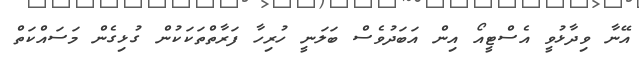
އޭނާ ވިދާޅުވީ އެސްޓީއޯ އިން އަބަދުވެސް ބަލަނީ ހުރިހާ ފަރާތްތަކަކުން ގުޅިގެން މަސައްކަތް